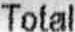
TOTAL